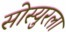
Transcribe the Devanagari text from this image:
सोस्युरला